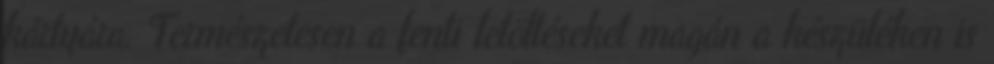
kártyára. Természetesen a fenti letöltéseket magán a készüléken is